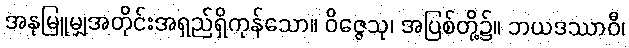
အနုမြူမျှအတိုင်းအရှည်ရှိကုန်သော။ ဝိဇ္ဇေသု၊ အပြစ်တို့၌။ ဘယဒဿာဝီ၊